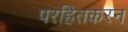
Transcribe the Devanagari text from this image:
परहितकरन